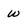
Character: w